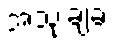
အသုံးချခံ